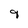
Character: 9